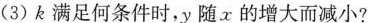
(3)k满足何条件时，y随x的增大而减小?